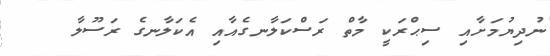
ނުދިޔުމަށާއި ސިޙްރަކީ މާތް ރަސްކަލާނގެއާއި އެކަލާނގެ ރަސޫލާ